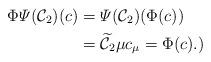
LaTeX: \begin{align*}\Phi\varPsi(\mathcal{C}_2)(c)&=\varPsi(\mathcal{C}_2)(\Phi(c))\\&=\widetilde{\mathcal{C}_2}\mu c_\mu=\Phi(c).)\end{align*}